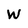
Character: W